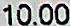
10.00